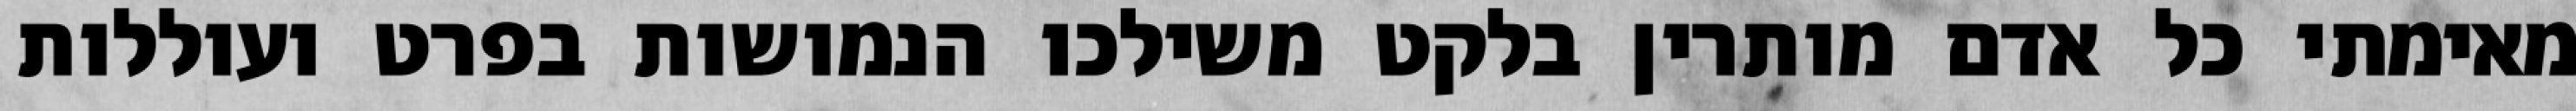
מאימתי כל אדם מותרין בלקט משילכו הנמושות בפרט ועוללות